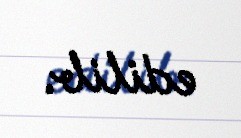
edilib.